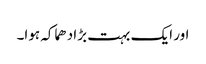
اور ایک بہت بڑا دھماکہ ہوا۔